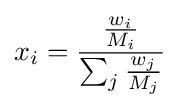
x_{i}={\frac {\frac {w_{i}}{M_{i}}}{\sum _{j}{\frac {w_{j}}{M_{j}}}}}